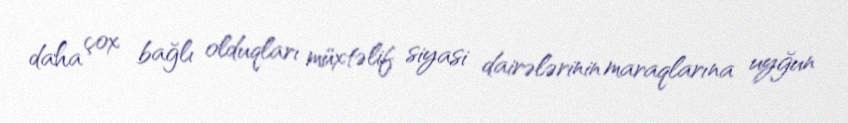
daha çox bağlı olduqları müxtəlif siyasi dairələrinin maraqlarına uyğun